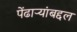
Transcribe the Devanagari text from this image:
पेंढाऱ्यांबद्दल